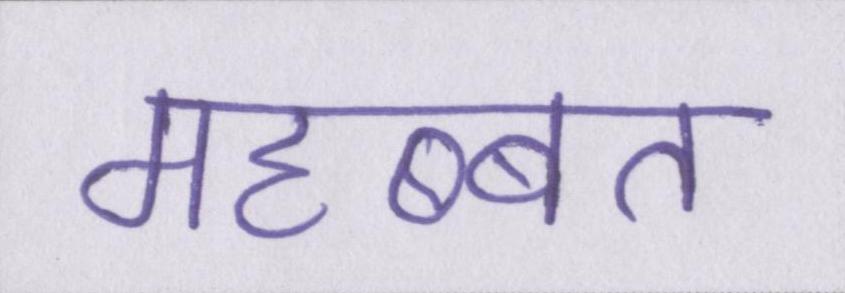
महब्बत